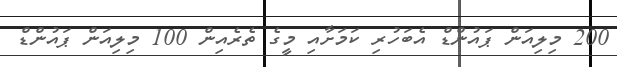
200 މިލިއަން ޕައުންޑް އެބަހުރި ކަމަށާއި މީގެ ތެރެއިން 100 މިލިއަން ޕައުންޑް